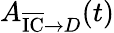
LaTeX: A_{\overline{{\textrm{IC}}}\rightarrow D}(t)